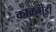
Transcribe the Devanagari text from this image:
काळबोंडी